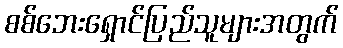
စစ်ဘေးရှောင်ပြည်သူများအတွက်